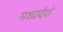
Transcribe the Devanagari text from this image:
मध्यदेशे